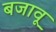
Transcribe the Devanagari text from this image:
बजावू